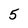
Character: 5